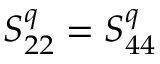
S _ { 2 2 } ^ { q } = S _ { 4 4 } ^ { q }